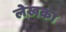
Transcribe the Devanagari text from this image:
लेखका